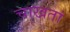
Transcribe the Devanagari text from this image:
चाखतां